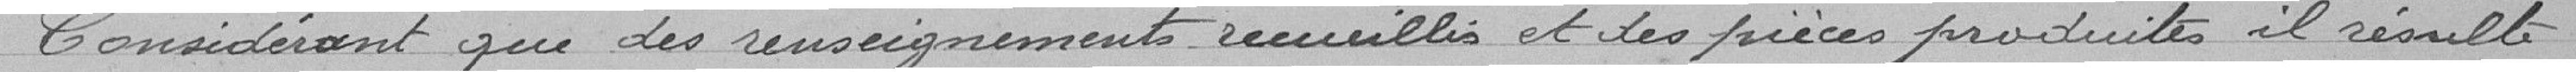
Considérant que des renseignements recueillis et des pièces produites, il résulte